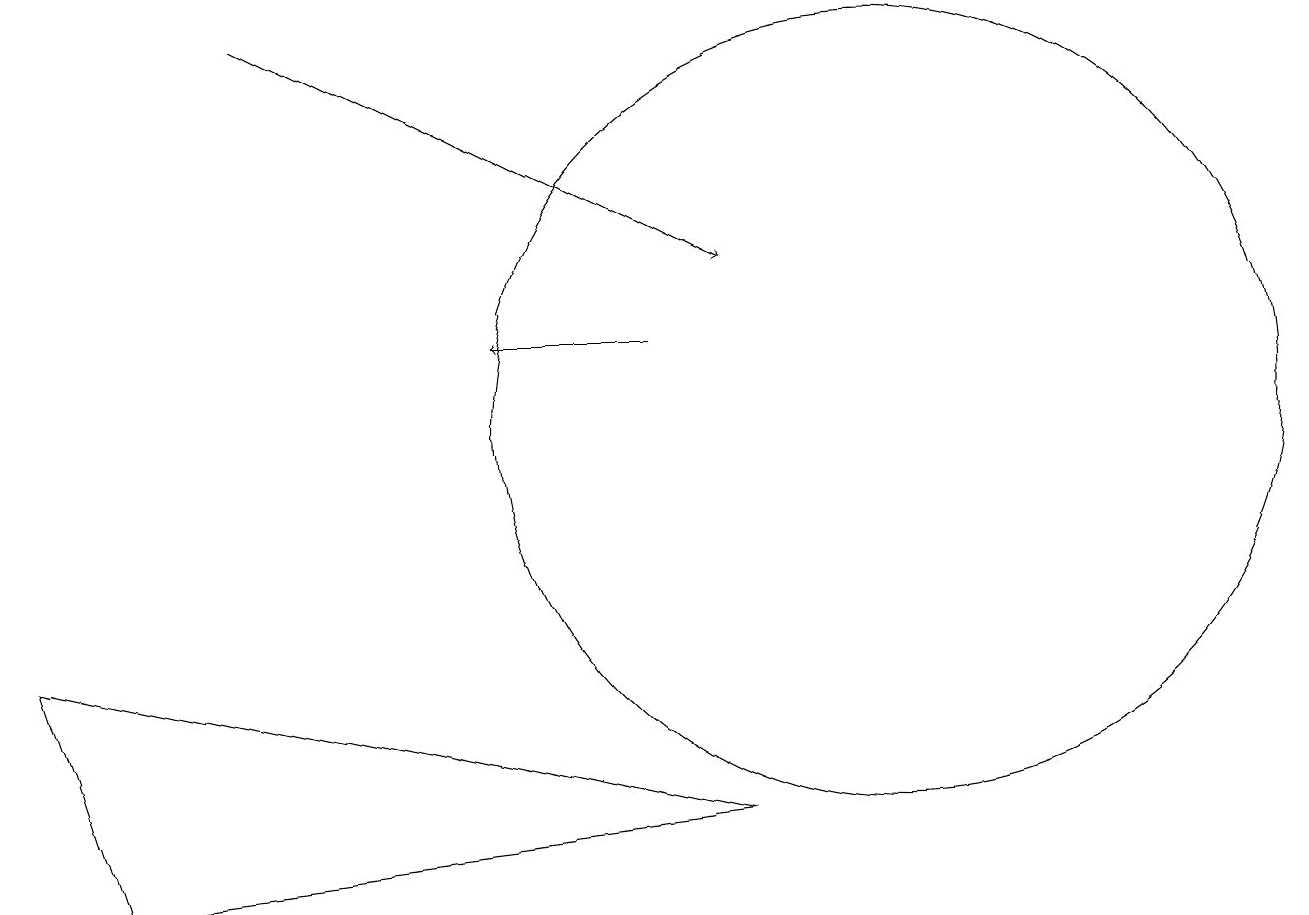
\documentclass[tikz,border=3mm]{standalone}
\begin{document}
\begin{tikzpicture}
\draw (0,7) -- (9,5) -- (1,4) -- cycle;
\draw[->] (3,15) -- (9,12);
\draw (11,10) circle (5);
\draw[->] (8,11) -- (6,11);
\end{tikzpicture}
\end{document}